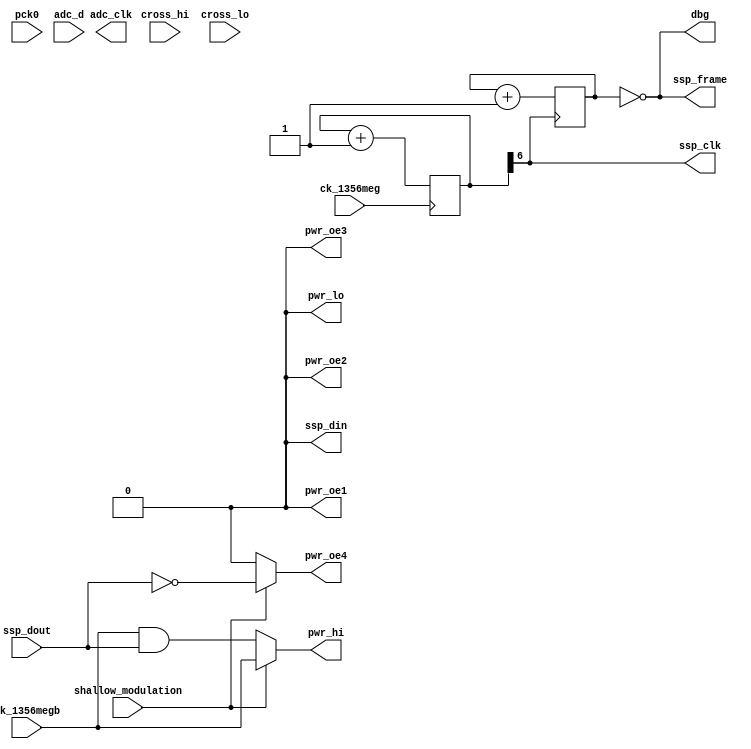
module hi_read_tx(
    pck0, ck_1356meg, ck_1356megb,
    pwr_lo, pwr_hi, pwr_oe1, pwr_oe2, pwr_oe3, pwr_oe4,
    adc_d, adc_clk,
    ssp_frame, ssp_din, ssp_dout, ssp_clk,
    cross_hi, cross_lo,
    dbg,
    shallow_modulation
);
    input pck0, ck_1356meg, ck_1356megb;
    output pwr_lo, pwr_hi, pwr_oe1, pwr_oe2, pwr_oe3, pwr_oe4;
    input [7:0] adc_d;
    output adc_clk;
    input ssp_dout;
    output ssp_frame, ssp_din, ssp_clk;
    input cross_hi, cross_lo;
    output dbg;
    input shallow_modulation;

// low frequency outputs, not relevant
assign pwr_lo = 1'b0;
assign pwr_oe2 = 1'b0;
	
// The high-frequency stuff. For now, for testing, just bring out the carrier,
// and allow the ARM to modulate it over the SSP.
reg pwr_hi;
reg pwr_oe1;
reg pwr_oe3;
reg pwr_oe4;

always @(ck_1356megb or ssp_dout or shallow_modulation)
begin
    if(shallow_modulation)
    begin
        pwr_hi <= ck_1356megb;
        pwr_oe1 <= 1'b0;
        pwr_oe3 <= 1'b0;
        pwr_oe4 <= ~ssp_dout;
    end
    else
    begin
        pwr_hi <= ck_1356megb & ssp_dout;
        pwr_oe1 <= 1'b0;
        pwr_oe3 <= 1'b0;
        pwr_oe4 <= 1'b0;
    end
end


// Then just divide the 13.56 MHz clock down to produce appropriate clocks
// for the synchronous serial port.

reg [6:0] hi_div_by_128;

always @(posedge ck_1356meg)
    hi_div_by_128 <= hi_div_by_128 + 1;

assign ssp_clk = hi_div_by_128[6];

reg [2:0] hi_byte_div;

always @(negedge ssp_clk)
    hi_byte_div <= hi_byte_div + 1;

assign ssp_frame = (hi_byte_div == 3'b000);

assign ssp_din = 1'b0;

assign dbg = ssp_frame;

endmodule